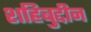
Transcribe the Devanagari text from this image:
शहिबुद्दीन